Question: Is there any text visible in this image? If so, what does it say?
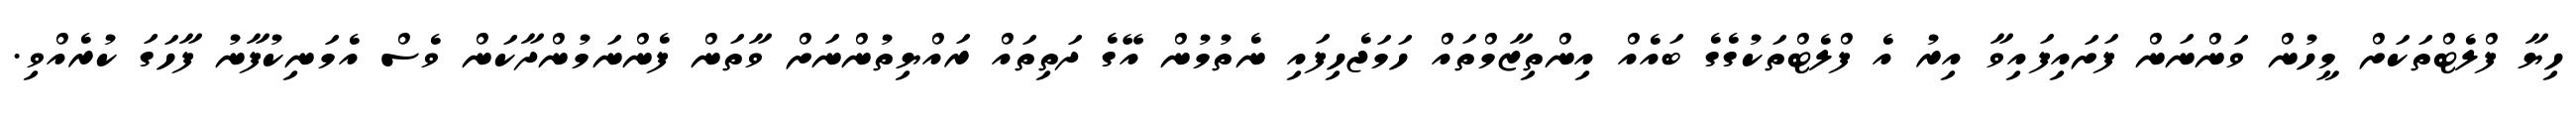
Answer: ހިޔާ ފްލެޓްތަކަށް މީހުން ވަންނަން ފަށައިފައިވާ އިރު އެ ފްލެޓްތަކުގެގެ ބައެއް އިންތިޒާމްތައް ހަމަޖެހިފައި ނެތުމުން އޭގެ ދަތިތައް ރައްޔިތުންނަށް ވާތަން ފެންނަމުންދާކަން ވެސް އެމަނިކުފާނު ފާހަގަ ކުރެއްވި.